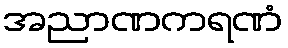
အညာဏကရဏံ